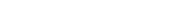
٥١